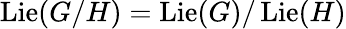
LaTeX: \operatorname{Lie}(G/H)=\operatorname{Lie}(G)/\operatorname{Lie}(H)